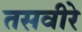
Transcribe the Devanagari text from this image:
तसवीरे